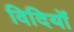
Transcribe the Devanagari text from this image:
विदियों